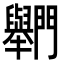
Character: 𨷶